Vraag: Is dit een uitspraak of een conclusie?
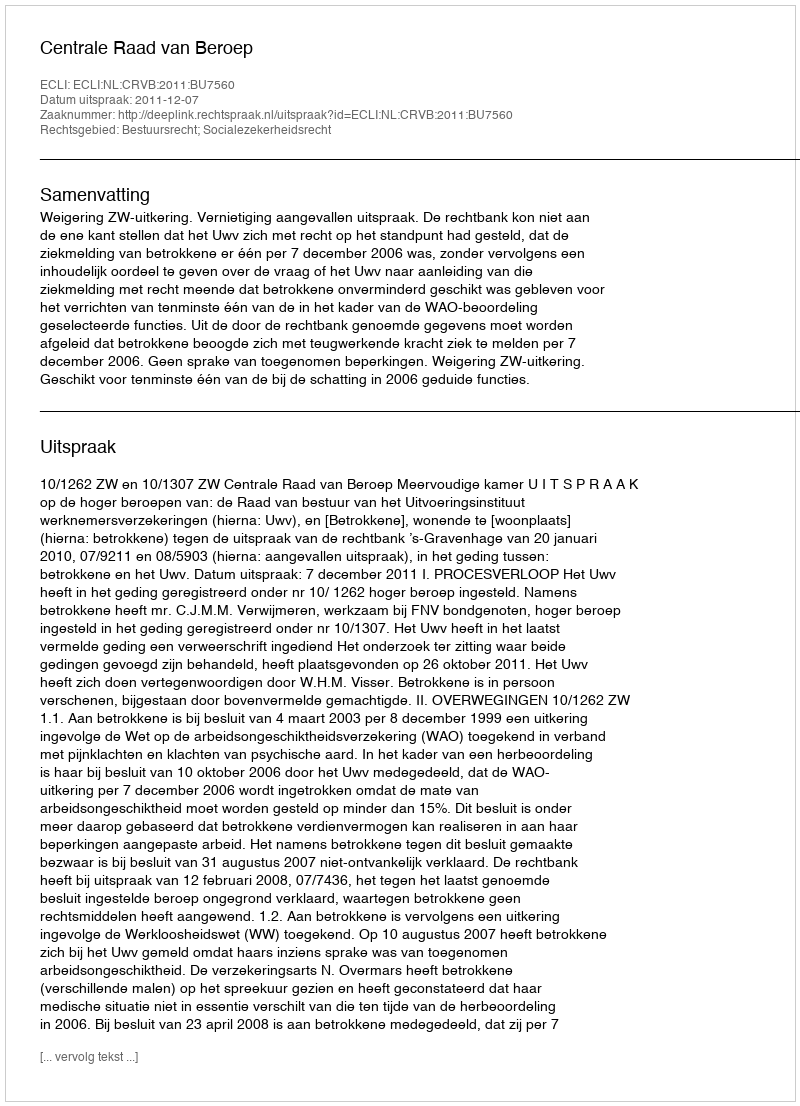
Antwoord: Uitspraak